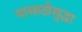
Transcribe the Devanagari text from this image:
यासाठीसुद्धा